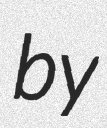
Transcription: by